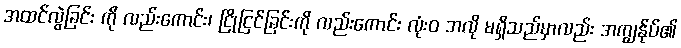
အထင်လွဲခြင်း ကို လည်းကောင်း၊ ငြိုငြင်ခြင်းကို လည်းကောင်း လုံးဝ အလို မရှိသည်မှာလည်း အကျွန်ုပ်၏